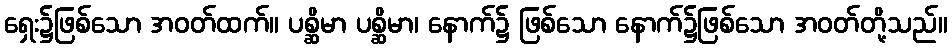
ရှေး၌ဖြစ်သော အဝတ်ထက်။ ပစ္ဆိမာ ပစ္ဆိမာ၊ နောက်၌ ဖြစ်သော နောက်၌ဖြစ်သော အဝတ်တို့သည်။